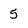
Character: 5